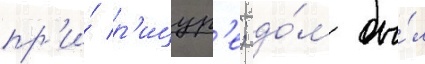
пр'и́ р'ицур'е; до́м бы́л